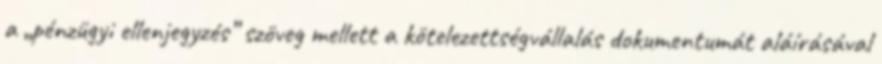
a „pénzügyi ellenjegyzés” szöveg mellett a kötelezettségvállalás dokumentumát aláírásával